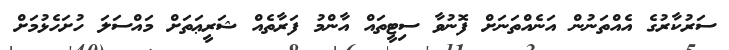
ސަރުކާރުގެ އެއްތަނުން އަނެއްތަނަށް ފޮނުވާ ސިޓީތައް އާންމު ފަރާތެއް ޝަރީޢަތަށް މައްސަލަ ހުށަހެޅުމަށް